Scottish Leaving Certificate Examination, 1958
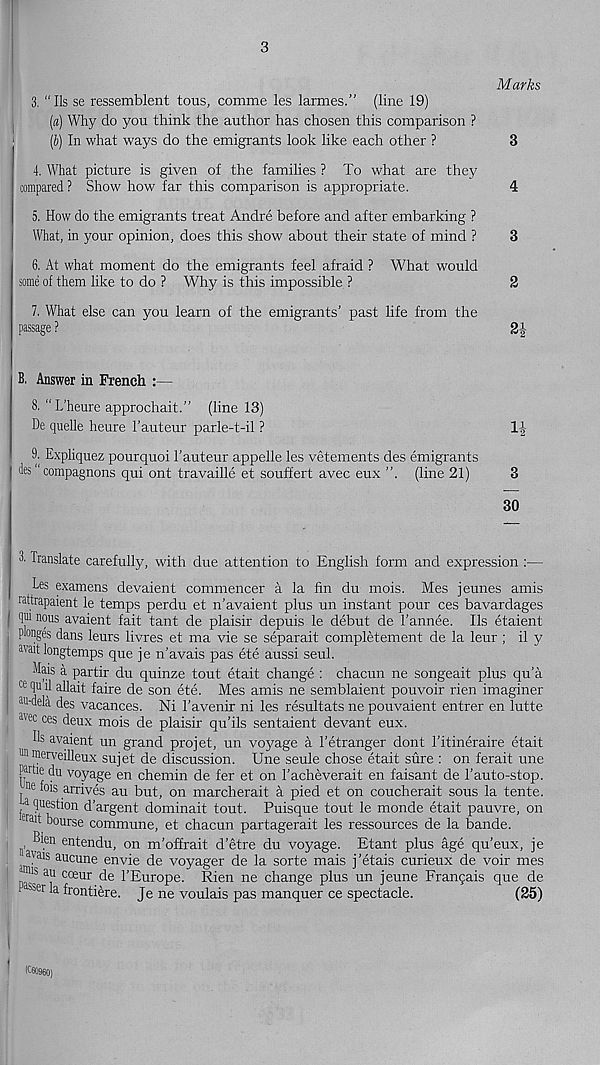
3
Marks
3. “Ils se ressemblent tous, comme les larmes.” (line 19)
[a) Why do you think the author has chosen this comparison ?
(b) In what ways do the emigrants look like each other ?
3
4. What picture is given of the families ? To what are they
compared ? Show how far this comparison is appropriate.
4
5. How do the emigrants treat Andre before and after embarking ?
What, in your opinion, does this show about their state of mind ?
3
6. At what moment do the emigrants feel afraid ? What would
some of them like to do ? Why is this impossible ?
2
7. What else can you learn of the emigrants’ past life from the
passage ?
B. Answer in French :—
8. "L’heure approchait.” (line 13)
De quelle heure 1’auteur parle-t-il ?
1-|-
9. Expliquez pourquoi 1’auteur appelle les vetements des emigrants
des" compagnons qui ont travaille et souffert avec eux ”, (line 21)
3
30
3. Translate carefully, with due attention to English form and expression :—
Les examens devaient commencer a la fin du mois. Mes jeunes amis
rattrapaient le temps perdu et n’avaient plus un instant pour ces bavardages
I (p nous avaient fait tant de plaisir depuis le debut de 1’annee. Ils etaient
pbnges dans leurs livres et ma vie se separait completement de la leur ; il y
wait longtemps que je n’avais pas ete aussi seul.
Mais a partir du quinze tout etait change : chacun ne songeait plus qu’a
ce qu il allait faire de son ete. Mes amis ne semblaient pouvoir rien imaginer
‘W-dela des vacances. Ni 1’avenir ni les resultats ne pouvaient entrer en lutte
avec ce s deux mois de plaisir qu’ils sentaient devant eux.
Us avaient un grand projet, un voyage a 1’etranger dont 1’itineraire etait
un merveilleux sujet de discussion. Une seule chose etait sure : on ferait une
i pnrtie du voyage en chemin de fer et on 1’acheverait en faisant de 1’auto-stop.
■tt tors arrives au but, on marcherait A pied et on coucherait sous la tente.
question d'argent dominait tout. Puisque tout le monde etait pauvre, on
rai t course commune, et chacun partagerait les ressources de la bande.
n , ®( en ontendu, on m’offrait d’etre du voyage. Etant plus age qu’eux, je
• a )'ais aucune envie de voyager de la sorte mais j’etais curieux de voir mes
15 ^ cce ur de 1’Europe. Rien ne change plus un jeune Franqais que de
^ ser l a frontiere. Je ne voulais pas manquer ce spectacle.
(25)
i